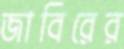
জাবিরের